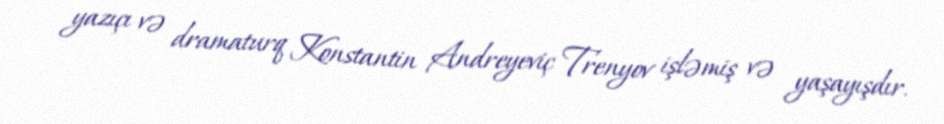
yazıçı və dramaturq Konstantin Andreyeviç Trenyov işləmiş və yaşayışdır.